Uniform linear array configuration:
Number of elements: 48
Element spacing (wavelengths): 0.5
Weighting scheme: kaiser
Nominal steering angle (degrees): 45
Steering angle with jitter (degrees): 43.526
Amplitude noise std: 0.05
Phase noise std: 0.05

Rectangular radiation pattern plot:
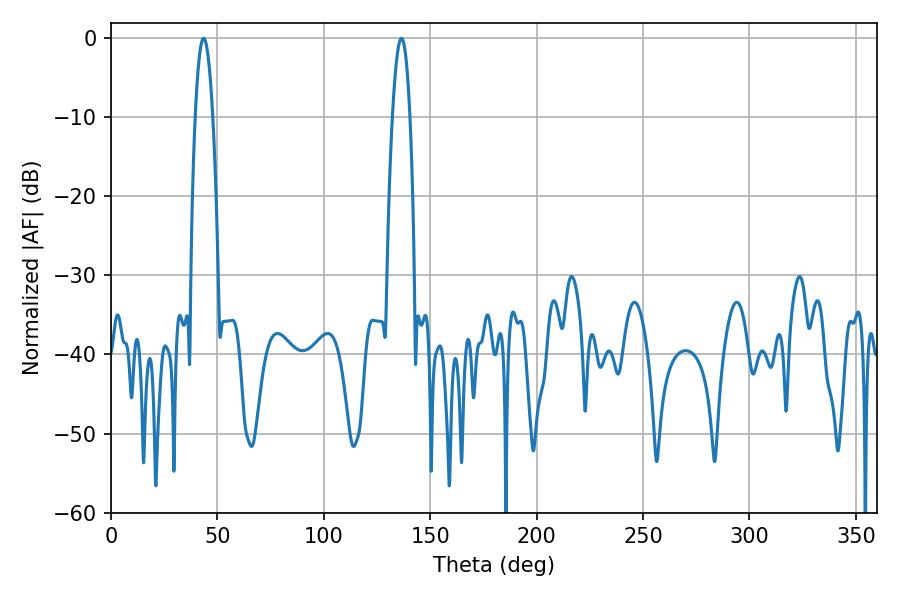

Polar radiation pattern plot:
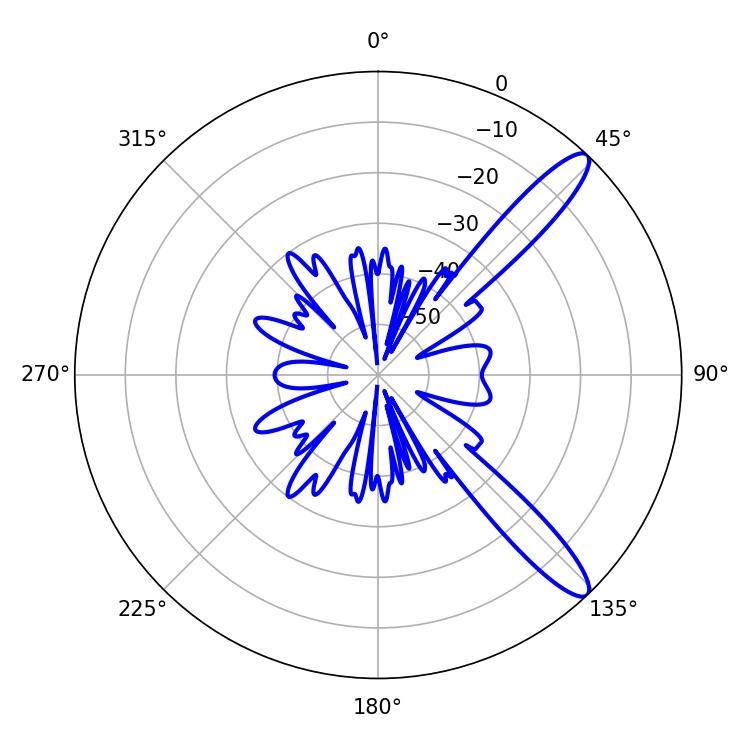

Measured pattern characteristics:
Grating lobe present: FALSE
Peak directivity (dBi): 12.287
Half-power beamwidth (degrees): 4.5
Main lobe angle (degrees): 43.56